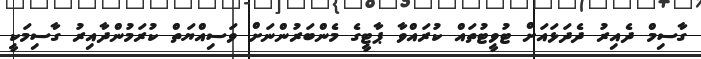
ގާސިމް ދެއިރު ދެދަޅައަށް ޓުވީޓުތައް ކުރައްވާ ޕާޓީގެ މެންބަރުންނަށް ވަސިއްޔަތް ކުރަމުންދާއިރު ގާސިމަކީ